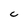
Character: C